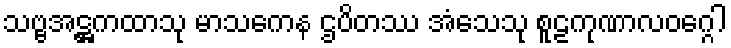
သဗ္ဗအဋ္ဌကထာသု မာသကေန ဌပိတဿ အံသေသု စူဠကုဏာလဝဂ္ဂေါ